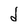
Character: d